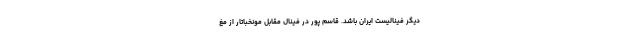
دیگر فینالیست ایران باشد. قاسم پور در فینال مقابل مونخباتار از مغ